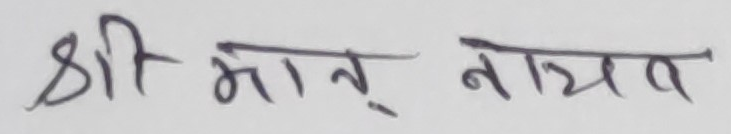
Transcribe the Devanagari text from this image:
श्री मान् नाव